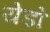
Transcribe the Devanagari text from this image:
येडो